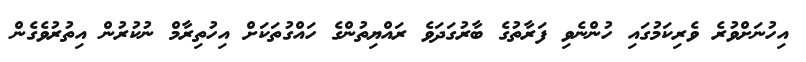
އިހުނަށްވުރެ ވެރިކަމުގައި ހުންނެވި ފަރާތުގެ ބާރުގަދަވެ ރައްޔިތުންގެ ހައްގުތަކަށް އިހުތިރާމް ނުކުރުން އިތުރުވެގެން